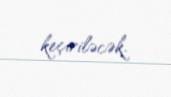
keçiriləcək.